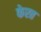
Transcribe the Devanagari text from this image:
फेरत